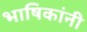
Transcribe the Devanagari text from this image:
भाषिकांनी